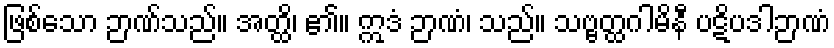
ဖြစ်သော ဉာဏ်သည်။ အတ္ထိ၊ ၏။ ဣဒံ ဉာဏံ၊ သည်။ သဗ္ဗတ္ထဂါမိနီ ပဋိပဒါဉာဏံ